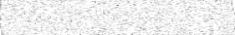
١٧